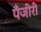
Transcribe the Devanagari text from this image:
पँजीरी